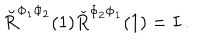
\breve { R } ^ { \Phi _ { 1 } \Phi _ { 2 } } ( 1 ) \check { R } ^ { \Phi _ { 2 } \Phi _ { 1 } } ( 1 ) = I \, .